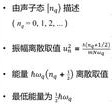
- 由声子态 $|n_{\omega}\rangle$ 描述 $(n_{\omega}=0,1,2,\cdots)$
- 振幅取值 $u_{j}^{\alpha}=\sqrt{\frac{\hbar}{2M_{j}\omega_{s}(k)}}(a_{s\mathbf{k}}^{\alpha}e_{j\alpha}^{s}(\mathbf{k})e^{i(\mathbf{k}\cdot\mathbf{R}_{j}-\omega_{s}(k)t)}+h.c.)$
- 能量 $h\omega_{s}(\mathbf{k})$ 为 $\hbar\omega_{s}(\mathbf{k})$ 离散取值